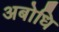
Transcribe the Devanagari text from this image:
अबोधि